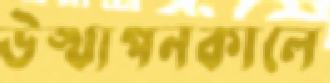
উত্থাপনকালে